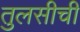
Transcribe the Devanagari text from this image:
तुलसीची